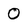
Character: 0